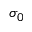
\sigma _ { 0 }